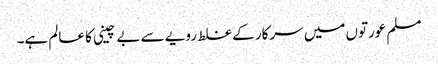
مسلم عورتوں میں سرکار کے غلط رویے سے بے چینی کا عالم ہے۔